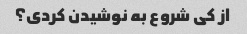
از کی شروع به نوشیدن کردی؟